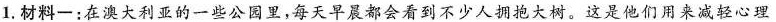
1. 材料一：在澳大利亚的一些公园里，每天早晨都会看到不少人拥抱大树。这是他们用来减轻心理